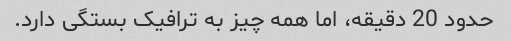
حدود 20 دقیقه، اما همه چیز به ترافیک بستگی دارد.